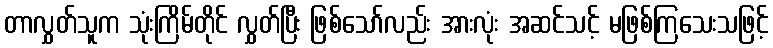
တာလွှတ်သူက သုံးကြိမ်တိုင် လွှတ်ပြီး ဖြစ်သော်လည်း အားလုံး အဆင်သင့် မဖြစ်ကြသေးသဖြင့်